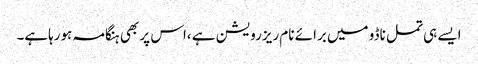
ایسے ہی تمل ناڈو میں برائے نام ریزرویشن ہے ،اس پر بھی ہنگامہ ہورہاہے۔